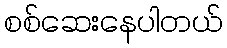
စစ်ဆေးနေပါတယ်